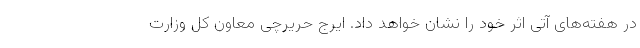
در هفته‌های آتی اثر خود را نشان خواهد داد. ایرج حریرچی معاون کل وزارت